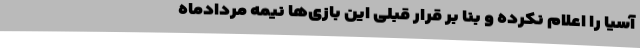
آسیا را اعلام نکرده و بنا بر قرار قبلی این بازی‌ها نیمه مردادماه